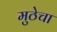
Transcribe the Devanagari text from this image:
मुठेचा